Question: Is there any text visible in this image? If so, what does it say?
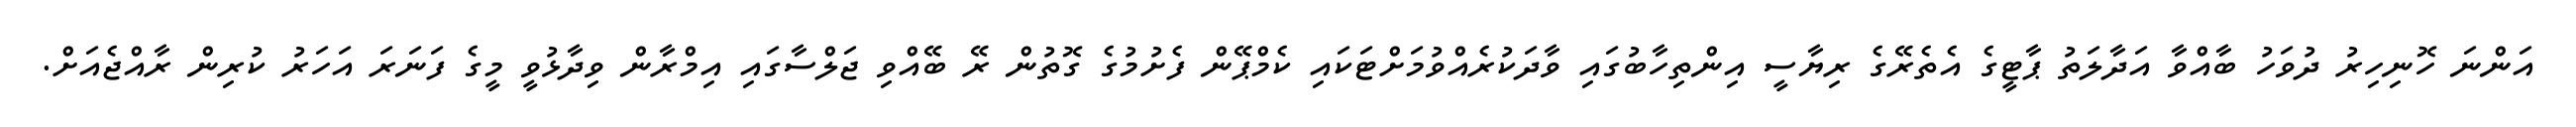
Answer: އަންނަ ހޮނިހިރު ދުވަހު ބާއްވާ އަދާލަތު ޕާޓީގެ އެތެރޭގެ ރިޔާސީ އިންތިހާބުގައި ވާދަކުރެއްވުމަށްޓަކައި ކެމްޕޭން ފެށުމުގެ ގޮތުން ރޭ ބޭއްވި ޖަލްސާގައި އިމްރާން ވިދާޅުވީ މީގެ ފަނަރަ އަހަރު ކުރިން ރާއްޖެއަށް.